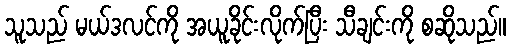
သူသည် မယ်ဒလင်ကို အယူခိုင်းလိုက်ပြီး သီချင်းကို စဆိုသည်။